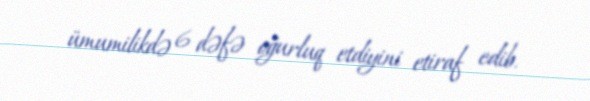
ümumilikdə 6 dəfə oğurluq etdiyini etiraf edib.